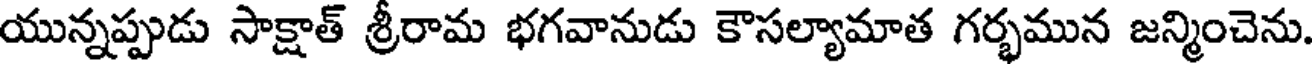
యున్నప్పుడు సాక్షాత్ శ్రీరామ భగవానుడు కౌసల్యామాత గర్భమున జన్మించెను.